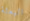
البعثة